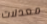
معدلات